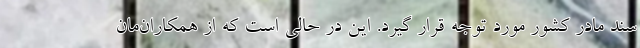
سند مادر کشور مورد توجه قرار گیرد. این در حالی است که از همکاران‌مان